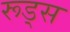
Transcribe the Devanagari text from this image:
रूड्स